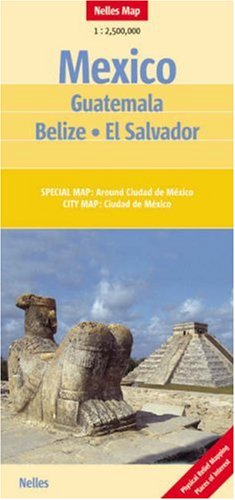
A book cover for Mexico Guatemala El Salvador Belize Nelles Map (Nelles Maps) (English, Spanish, French, Italian and German Edition); Nelles Maps; Travel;